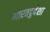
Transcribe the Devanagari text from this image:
भारतदुर्दशा